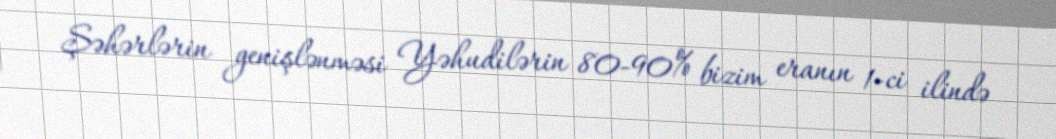
Şəhərlərin genişlənməsi Yəhudilərin 80-90% bizim eranın 1-ci ilində